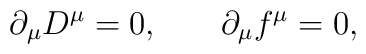
\partial_{\mu} D^{\mu} =0,\,\,\,\,\,\,\,\,\,\,\,\partial_{\mu}f^{\mu}=0,